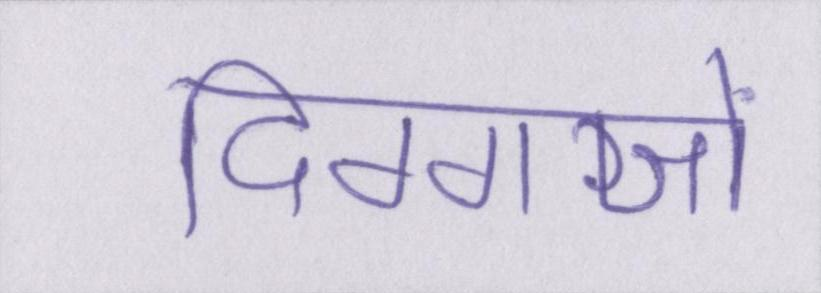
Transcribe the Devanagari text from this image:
दिग्गजों